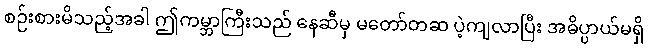
စဉ်းစားမိသည့်အခါ ဤကမ္ဘာကြီးသည် နေဆီမှ မတော်တဆ ပဲ့ကျလာပြီး အဓိပ္ပာယ်မရှိ